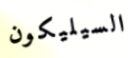
السيليكون